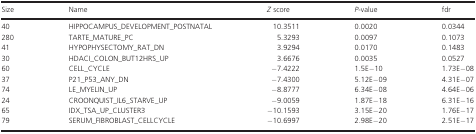
| Size | Name | Z score | P-value | fdr |
 | --- | --- | --- | --- | --- |
 | 40 | HIPPOCAMPUS_DEVELOPMENT_POSTNATAL | 10.3511 | 0.0020 | 0.0344 |
 | 280 | TARTE_MATURE_PC | 5.3293 | 0.0097 | 0.1073 |
 | 41 | HYPOPHYSECTOMY_RAT_DN | 3.9294 | 0.0170 | 0.1483 |
 | 30 | HDACI_COLON_BUT12HRS_UP | 3.6676 | 0.0035 | 0.0527 |
 | 60 | CELL_CYCLE | −7.4222 | 1.5E−10 | 1.73E−08 |
 | 37 | P21_P53_ANY_DN | −7.4300 | 5.12E−09 | 4.31E−07 |
 | 74 | LE_MYELIN_UP | −8.8777 | 6.34E−08 | 4.64E−06 |
 | 24 | CROONQUIST_IL6_STARVE_UP | −9.0059 | 1.87E−18 | 6.31E−16 |
 | 65 | IDX_TSA_UP_CLUSTER3 | −10.1593 | 3.15E−20 | 1.76E−17 |
 | 79 | SERUM_FIBROBLAST_CELLCYCLE | −10.6997 | 2.98E−20 | 2.51E−17 |